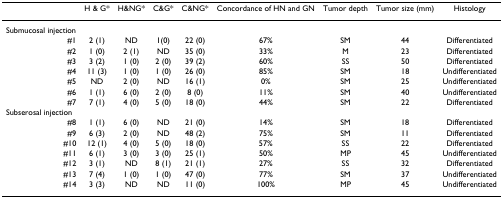
|  | H & G* | H&NG* | C&G* | C&NG* | Concordance of HN and GN | Tumor depth | Tumor size (mm) | Histology |
 | --- | --- | --- | --- | --- | --- | --- | --- | --- |
 | Submucosal injection |  |  |  |  |  |  |  |  |
 | #1 | 2 (1) | ND | 1(0) | 22 (0) | 67% | SM | 44 | Differentiated |
 | #2 | 1 (0) | 2 (1) | ND | 35 (0) | 33% | M | 23 | Differentiated |
 | #3 | 3 (2) | 1 (0) | 2 (0) | 39 (2) | 60% | SS | 50 | Differentiated |
 | #4 | 11 (3) | 1 (0) | 1 (0) | 26 (0) | 85% | SM | 18 | Undifferentiated |
 | #5 | ND | 2 (0) | ND | 16 (1) | 0% | SM | 25 | Undifferentiated |
 | #6 | 1 (1) | 6 (0) | 2 (0) | 8 (0) | 11% | SM | 40 | Undifferentiated |
 | #7 | 7 (1) | 4 (0) | 5 (0) | 18 (0) | 44% | SM | 22 | Differentiated |
 | Subserosal injection |  |  |  |  |  |  |  |  |
 | #8 | 1 (1) | 6 (0) | ND | 21 (0) | 14% | SM | 18 | Differentiated |
 | #9 | 6 (3) | 2 (0) | ND | 48 (2) | 75% | SM | 11 | Differentiated |
 | #10 | 12 (1) | 4 (0) | 5 (0) | 18 (0) | 57% | SS | 22 | Differentiated |
 | #11 | 6 (1) | 3 (0) | 3 (0) | 25 (1) | 50% | MP | 45 | Undifferentiated |
 | #12 | 3 (1) | ND | 8 (1) | 21 (1) | 27% | SS | 32 | Differentiated |
 | #13 | 7 (4) | 1 (0) | 1 (0) | 47 (0) | 77% | SM | 37 | Undifferentiated |
 | #14 | 3 (3) | ND | ND | 11 (0) | 100% | MP | 45 | Undifferentiated |